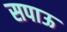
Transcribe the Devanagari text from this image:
सपाऊ